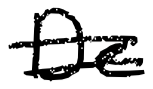
Text: De
Cross-out: double-line
Writing tool: digital_black